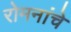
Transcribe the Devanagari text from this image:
रोमनांचे